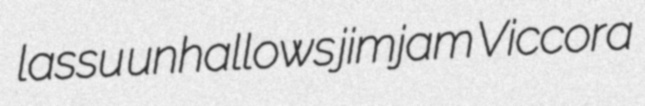
lassu unhallows jimjam Viccora